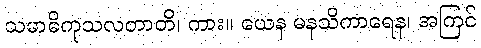
သမာဓိကုသလတာတိ၊ ကား။ ယေန မနသိကာရေန၊ အကြင်